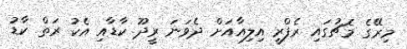
މިރޭގެ މެޗުގައި ރެފްރީ އިލިއާއަށް ދެވަނަ ރީދޫ ކާޑާއި އެކު ރަތް ކާޑު